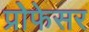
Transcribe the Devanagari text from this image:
प्रोेफेसर